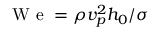
\mathrm { ~ W ~ e ~ } = \rho v _ { p } ^ { 2 } h _ { 0 } / \sigma